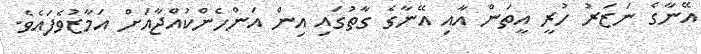
އޭނާގެ ނަޒަރު ހުރީ އީތަން އާއި އޭނާގެ ގާތުގައި އިން އަންހެންކުއްޖާއަށް އަމާޒުވެފައެވެ.